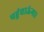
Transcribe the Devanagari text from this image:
पहुंचाऊंगा।